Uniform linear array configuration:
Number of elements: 12
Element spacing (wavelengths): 0.75
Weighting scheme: blackman
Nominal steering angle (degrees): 30
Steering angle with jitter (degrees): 30.48
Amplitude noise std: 0.05
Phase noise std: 0.05

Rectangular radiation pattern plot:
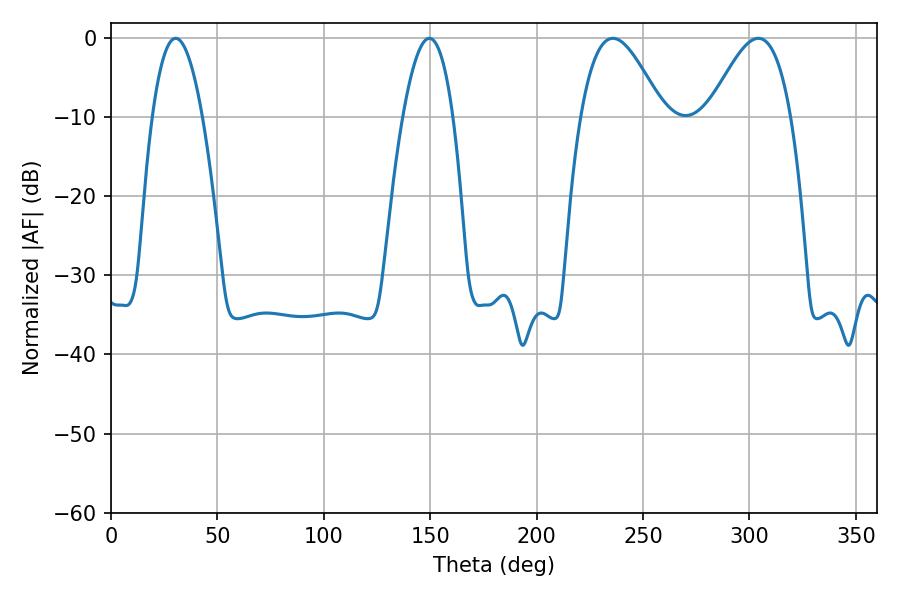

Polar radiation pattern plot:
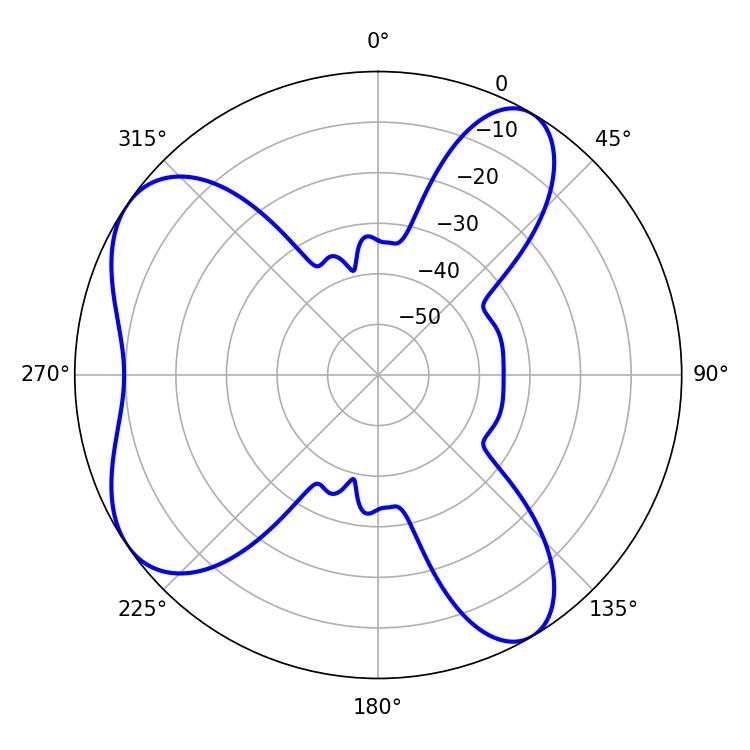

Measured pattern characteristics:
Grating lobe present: TRUE
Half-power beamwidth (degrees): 20.88
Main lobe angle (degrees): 235.8